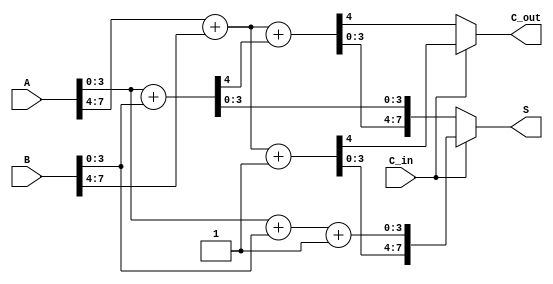
module CarrySelectAdder (
    input [7:0] A,         // 8-bit input A
    input [7:0] B,         // 8-bit input B
    input C_in,            // Carry-in signal
    output reg [7:0] S,    // 8-bit sum output
    output reg C_out       // Carry-out signal
);

    // Internal signals for block sums and carries
    wire [3:0] S0, S0p, S1, S1p; // Sums assuming carry-in = 0 and = 1 for both blocks
    wire C0, C0p, C1, C1p;       // Carry-outs assuming carry-in = 0 and = 1 for both blocks

    // Block 0 (lower 4 bits)
    wire [3:0] A0 = A[3:0];
    wire [3:0] B0 = B[3:0];

    // Adders for block 0
    assign {C0, S0} = A0 + B0;         // Assuming C_in = 0
    assign {C0p, S0p} = A0 + B0 + 1;   // Assuming C_in = 1

    // Block 1 (upper 4 bits)
    wire [3:0] A1 = A[7:4];
    wire [3:0] B1 = B[7:4];

    // Adders for block 1
    assign {C1, S1} = A1 + B1 + C0;     // Assuming C_in = 0
    assign {C1p, S1p} = A1 + B1 + 1;     // Assuming C_in = 1

    // Final outputs based on C_in
    always @(*) begin
        if (C_in == 0) begin
            S = {S1, S0};      // Select sum with C_in = 0
            C_out = C1;       // Carry-out with C_in = 0
        end else begin
            S = {S1p, S0p};    // Select sum with C_in = 1
            C_out = C1p;       // Carry-out with C_in = 1
        end
    end
endmodule